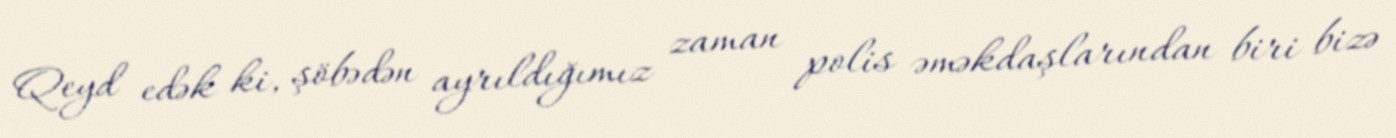
Qeyd edək ki, şöbədən ayrıldığımız zaman polis əməkdaşlarından biri bizə